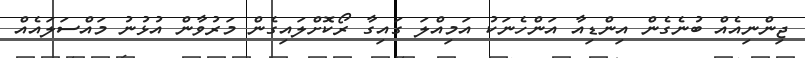
ޖިންނިއެއް ބުނެގެން އިންޑިއާ އަންހެނަކު އަމިއްލަ ގައިގާ ރޯކޮށްލައިގެން މަރުވާން އުޅުނު މައްސަލައެއް